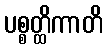
ပစ္စတ္ထိကာတိ